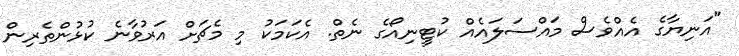
"އަނިޔާގެ އެއްވެސް މައްސަލައެއް ކުޓީނިއޯގެ ނެތް. އެކަމަކު މި މެޗަށް އަރުވާނެ ކުޅުންތެރިން